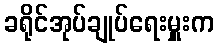
ခရိုင်အုပ်ချုပ်ရေးမှူးက